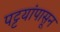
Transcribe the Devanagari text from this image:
पट्टयांपासून